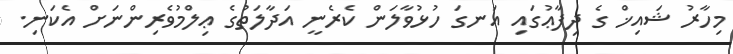
މިހާރު ޝައިޚް ގެ ދިފާޢުގައި އަނގަ ހުޅުވާލަން ކެރެނީ އަދާލަތުގެ ޢިލްމުވެރިންނަށް އެކަނި.